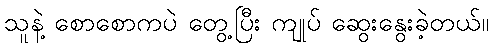
သူနဲ့ စောစောကပဲ တွေ့ပြီး ကျုပ် ဆွေးနွေးခဲ့တယ်။